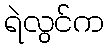
ရဲလွင်က